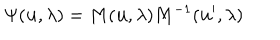
LaTeX: \Psi ( { \bf u } , \lambda ) = M ( { \bf u } , \lambda ) M ^ { - 1 } ( { \bf u ^ { \prime } } , \lambda )